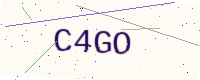
Text: C4GO